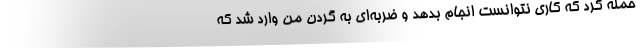
حمله کرد که کاری نتوانست انجام بدهد و ضربه‌ای به گردن من وارد شد که